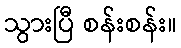
သွားပြီ စန်းစန်း။